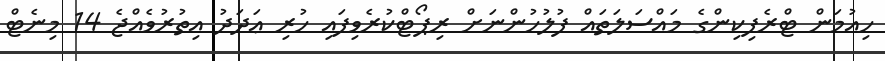
ހިއުމަން ޓްރެފިކިންގެ މައްސަލަތައް ފުލުހުންނަށް ރިޕޯޓްކުރެވިފައި ހުރި ޢަދަދު އިތުރުވެއްޖެ 14 މިނެޓް